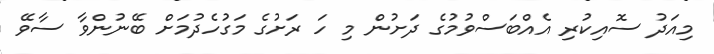
މިއަދު ސޮއިކުރި އެއްބަސްވުމުގެ ދަށުން މި ހަ ރަށުގެ މަގުހެދުމަށް ބޭނުންވާ ސާވޭ